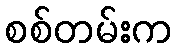
စစ်တမ်းက